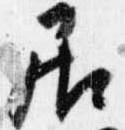
居